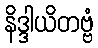
နိဒ္ဒါယိတဗ္ဗံ